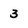
Character: 3